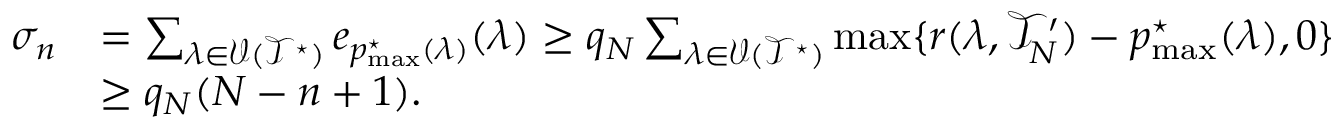
\begin{array} { r l } { \sigma _ { n } } & { = \sum _ { \lambda \in \mathcal { V } ( \mathcal { T } ^ { \star } ) } e _ { p _ { \operatorname* { m a x } } ^ { \star } ( \lambda ) } ( \lambda ) \ge q _ { N } \sum _ { \lambda \in \mathcal { V } ( \mathcal { T } ^ { \star } ) } \operatorname* { m a x } \{ r ( \lambda , \mathcal { T } _ { N } ^ { \prime } ) - p _ { \operatorname* { m a x } } ^ { \star } ( \lambda ) , 0 \} } \\ & { \ge q _ { N } ( N - n + 1 ) . } \end{array}